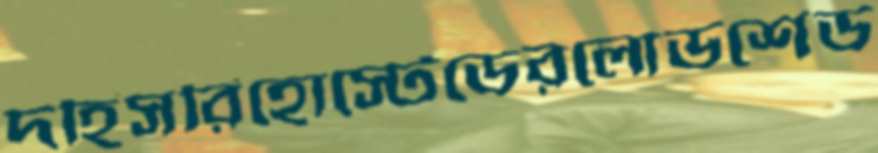
দহিসরিহোস্টেডেরলোডশেড